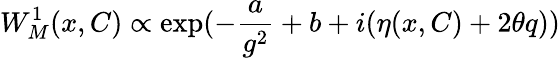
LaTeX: W_{M}^{1}(x,C)\propto\exp(-\frac{a}{g^{2}}+b+i(\eta(x,C)+2\theta q))